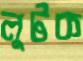
লুটক